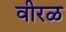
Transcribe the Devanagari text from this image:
वीरळ